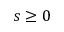
s \ge 0